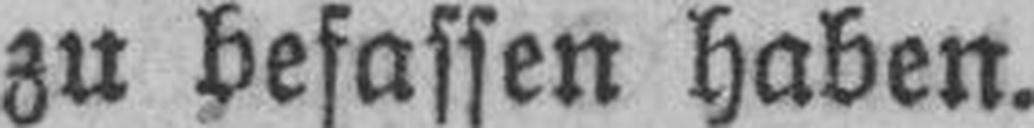
zu befassen haben.